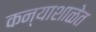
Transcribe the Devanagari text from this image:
कन्याशाळेत